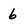
Character: 6